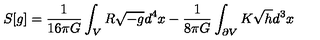
S [ g ] = \frac { 1 } { 1 6 \pi G } \int _ { V } R \sqrt { - g } d ^ { 4 } x - \frac { 1 } { 8 \pi G } \int _ { \partial V } K \sqrt { h } d ^ { 3 } x